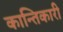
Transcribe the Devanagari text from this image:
कान्तिकारी